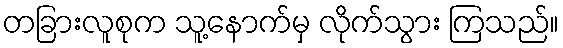
တခြားလူစုက သူ့နောက်မှ လိုက်သွား ကြသည်။